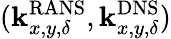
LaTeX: (\mathbf{k}_{x,y,\delta}^{\mathrm{RANS}},\mathbf{k}_{x,y,\delta}^{\mathrm{DNS}})